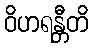
ဝိဟရန္တီတိ